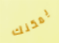
يمكنك